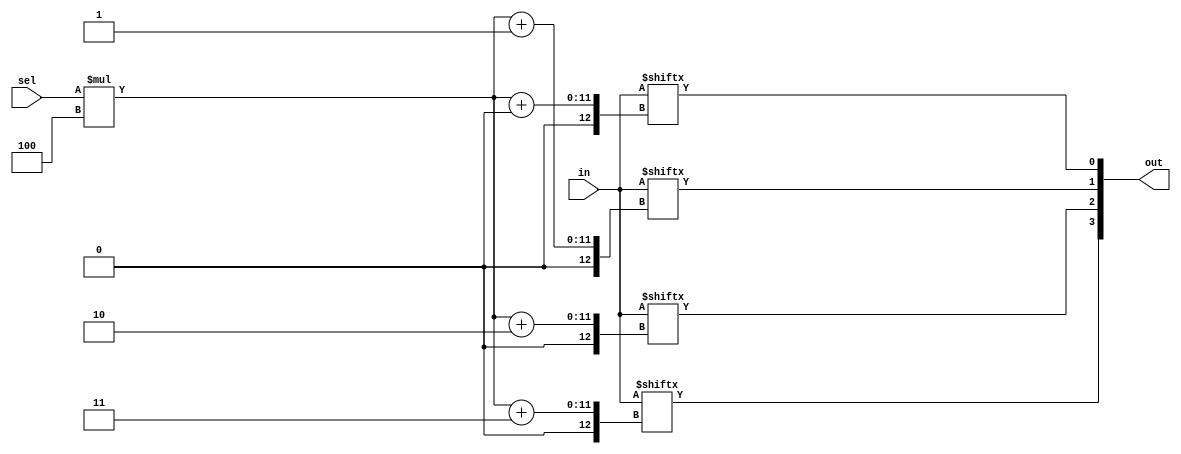
module top_module( 
    input [1023:0] in,
    input [7:0] sel,
    output [3:0] out );
    
    // Selecting 1-bit at time and, then concatenating all 4-bits 
    assign out = {in[sel*4+3], in[sel*4+2], in[sel*4+1], in[sel*4+0]};
    
    //Another ways of doing it by taking as a vector
    // assign out = in[4*sel +: 4]; //this done by increasing index number using (+:).
    // assign out = in[4*sel+3 -: 4]; //this done by decreasing index number using (-:).
    
endmodule